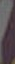
.